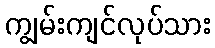
ကျွမ်းကျင်လုပ်သား